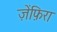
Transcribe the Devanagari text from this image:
ज़ेंफ़िरा